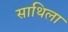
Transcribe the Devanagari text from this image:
साथिला